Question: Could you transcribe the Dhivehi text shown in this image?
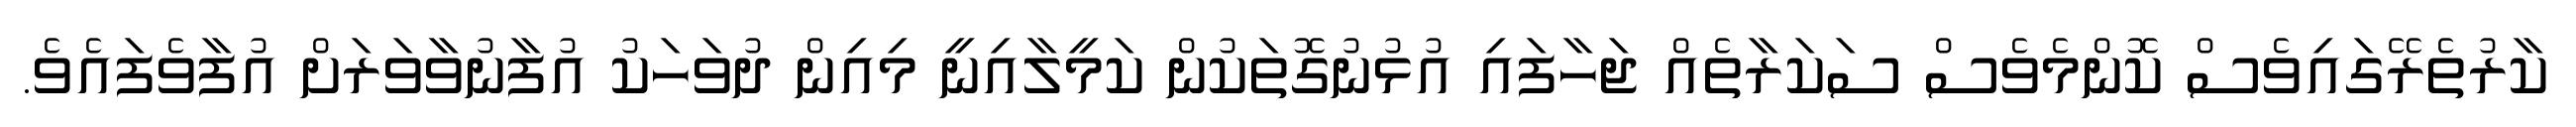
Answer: ކާރުތެރޭގައިވެސް ކޮންމެވެސް ސަކަރާތެއް ޖަހާފައި އުޅުނުގޮތަކުން ކަމީލާއިނީ މިއިން ދުވަހަކު އުފާނުވާވަރަށް އުފާވެފައެވެ.